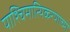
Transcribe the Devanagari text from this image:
पाश्चिमात्यिकरणाच्या